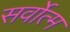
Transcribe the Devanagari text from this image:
सर्वोत्‍म